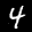
Label: 4